Report on vaccination in the Province of Bengal - 1874-1889
Year: 1874
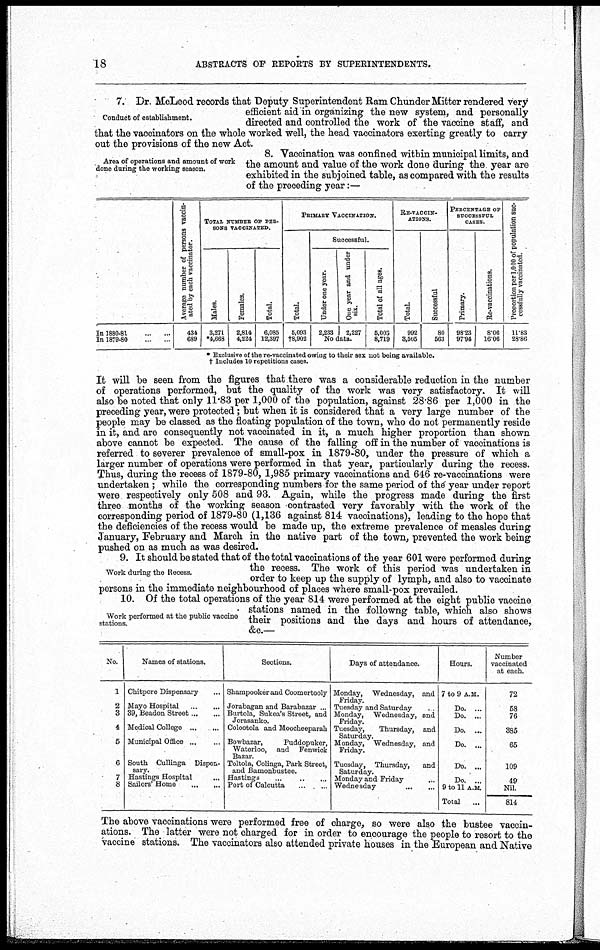
18
ABSTRACTS OF REPORTS BY SUPERINTENDENTS.
Conduct of establishment.
7. Dr. McLeod records that Deputy Superintendent Ram Chunder Mitter rendered very
efficient aid in organizing the new system, and personally
directed and controlled the work of the vaccine staff, and
that the vaccinators on the whole worked well, the head vaccinators exerting greatly to carry
out the provisions of the new Act.
Area of operations and amount of work
done during the working season.
8. Vaccination was confined within municipal limits, and
the amount and value of the work done during the year are
exhibited in the subjoined table, as compared with the results
of the preceding year:—
In 1880-81...
...
...
In 1879-80... ... ...
Average number of persons vaccin-
ated by each vaccinator.
434
689
TOTAL NUMBER OF PER-
SONS VACCINATED.
Males.
3,271
*4,668
Females.
2,814
4,224
Total.
6,085
12,397
PRIMARY VACCINATION.
Total.
6,093
†8,902
Successful.
Under one year.
2,233
One year and under
six.
2,227
No data.
Total of all ages.
5,003
8,719
RE-VACCIN-
ATIONS.
Total.
992
3,506
Successful
80
563
PERCENTAGE OF
SUCCESSFUL
CASES.
Primary.
98.23
97.94
Re-vaccinations.
8.06
16.06
Proportion per 1,000 or population suc-
cessfully vaccinated.
11.83
28.86
* Exclusive of the re-vaccinated owing to their sex not being available.
† Includes 10 repetitions cases.
It will be seen from the figures that there was a considerable reduction in the number
of operations performed, but the quality of the work was very satisfactory. It will
also be noted that only 11.83 per 1,000 of the population, against 28.86 per 1,000 in the
preceding year, were protected; but when it is considered that a very large number of the
people may be classed as the floating population of the town, who do not permanently reside
in it, and are consequently not vaccinated in it, a much higher proportion than shown
above cannot be expected. The cause of the falling off in the number of vaccinations is
referred to severer prevalence of small-pox in 1879-80, under the pressure of which a
larger number of operations were performed in that year, particularly during the recess.
Thus, during the recess of 1879-80, 1,985 primary vaccinations and 646 re-vaccinations were
undertaken ; while the corresponding numbers for the same period of the year under report
were respectively only 508 and 93. Again, while the progress made during the first
three months of the working season contrasted very favorably with the work of the
corresponding period of 1879-80 (1,136 against 814 vaccinations), leading to the hope that
the deficiencies of the recess would be made up, the extreme prevalence of measles during
January, February and March in the native part of the town, prevented the work being
pushed on as much as was desired.
Work during the Recess.
9. It should be stated that of the total vaccinations of the year 601 were performed during
the recess. The work of this period was undertaken in
order to keep up the supply of lymph, and also to vaccinate
persons in the immediate neighbourhood of places where small-pox prevailed.
Work performed at the public vaccine
stations.
10. Of the total operations of the year 814 were performed at the eight public vaccine
stations named in the followng table, which also shows
their positions and the days and hours of attendance,
&c.—
No.
1
2
3
4
5
6
7
8
Names of stations.
Chitpore Dispensary... ...
Mayo
Hospital...
...
39, Beadon Street... ...
Medical College...
...
Municipal
Office...
...
South Cullinga Dispen-
sary.
Hastings Hospital...
Sailors' Home... ... ... ...
Sections.
Shampooker and Coomertooly
Jorabagan and Barabazar ...
Burtola, Sukea's Street, and
Jorasanko.
Colootola and Moocheeparah
Bowbazar,
Puddopuker,
Waterloo, and Fenwick
Bazar.
Toltola, Colinga, Park Street,
and Bamonbustee.
Hastings ... ... ... ...
Port of Calcutta... ... ...
Days of attendance.
Monday, Wednesday, and
Friday.
Tuesday and Saturday..
Monday, Wednesday, and
Friday.
Tuesday,
Thursday, and
Saturday.
Monday, Wednesday, and
Friday.
Tuesday, Thursday,
and
Saturday.
Monday and Friday...
Wednesday...
...
...
Hours.
7 to 9 A.M.
Do. ...
Do. ...
Do. ...
Do. ...
Do. ...
Do. ...
9 to 11 A.M.
Total...
Number
vaccinated
at each.
72
58
76
385
65
109
49
Nil.
814
The above vaccinations were performed free of charge, so were also the bustee vaccin-
ations. The latter were not charged for in order to encourage the people to resort to the
vaccine stations. The vaccinators also attended private houses in the European and Native